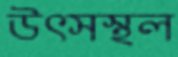
উৎসস্থল